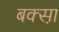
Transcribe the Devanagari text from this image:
बक्सा़